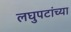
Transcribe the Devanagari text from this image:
लघुपटांच्या